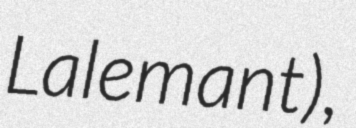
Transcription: Lalemant),